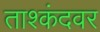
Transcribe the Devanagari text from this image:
ताश्कंदवर